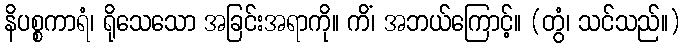
နိပစ္စကာရံ၊ ရိုသေသော အခြင်းအရာကို။ ကိံ၊ အဘယ်ကြောင့်။ (တွံ၊ သင်သည်။)